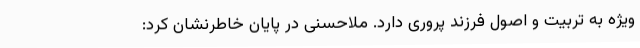
ویژه به تربیت و اصول فرزند پروری دارد. ملاحسنی در پایان خاطرنشان کرد: